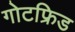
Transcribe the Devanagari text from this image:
गोटफ्रिड